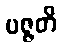
ပဇ္ဇတိ